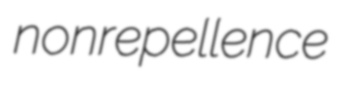
nonrepellence